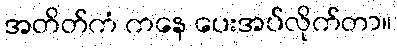
အတိတ်ကံ ကနေ ပေးအပ်လိုက်တာ။